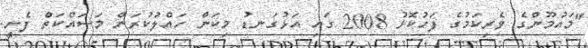
"މައުމޫންގެ ވެރިކަމުގެ ފަހުކޮޅު 2008 ގައި އަޅުގަނޑު މިކަން ހައްލުކުރަން މަސައްކަތް ފެށީ.